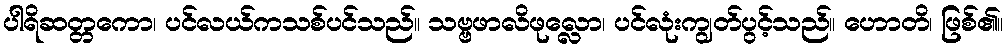
ပါရိဆတ္တကော၊ ပင်လယ်ကသစ်ပင်သည်။ သဗ္ဗဖာလိဖုလ္လော၊ ပင်လုံးကျွတ်ပွင့်သည်။ ဟောတိ၊ ဖြစ်၏။